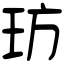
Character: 𤤁